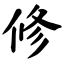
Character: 修